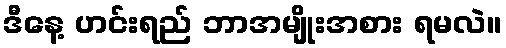
ဒီနေ့ ဟင်းရည် ဘာအမျိုးအစား ရမလဲ။